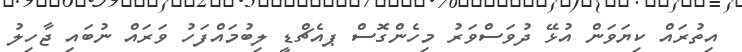
އިތުރައް ކިޔަވަން އުޅޭ ދުވަސްވަރު މިހެންގޮސް ޕއެޗްޑީ ލިބުމައްފަހު ވަރައް ނުބައި ޖާހިލު